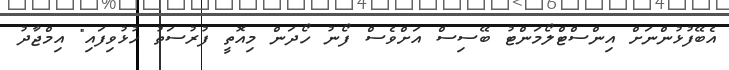
އެބޭފުޅުންނަށް އިންސްޓްލޯމަންޓު ބޭސިސް އަށްވެސް ފޯނު ހޯދަން މިއޮތީ ފުރުސަތު ހުޅުވިފައި" އިމްޖާދު